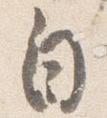
自